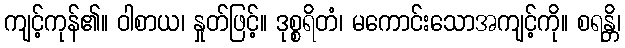
ကျင့်ကုန်၏။ ဝါစာယ၊ နှုတ်ဖြင့်။ ဒုစ္စရိတံ၊ မကောင်းသောအကျင့်ကို။ စရန္တိ၊